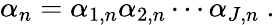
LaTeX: \alpha_{n}=\alpha_{1,n}\alpha_{2,n}\cdots\alpha_{J,n}~.